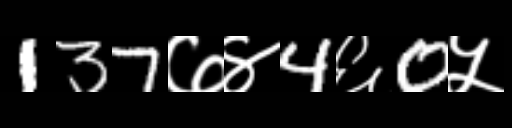
Text: 137७४4६0५